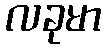
လခုမာ